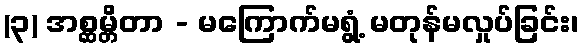
(၃) အစ္ဆမ္တိတာ - မကြောက်မရွံ့ မတုန်မလှုပ်ခြင်း၊